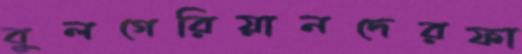
বুলগেরিয়ানদেরফা